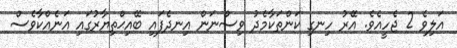
އަލިވެ 2 ޖެހީއެވެ. އޭރު ހިނގި ކަންތަކާމެދު ވިސްނަން އިނދެފައި ބޭއިޙްތިޔާރުގައި އަނެއްކާވެސް